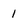
Character: 1